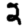
Digit: 2